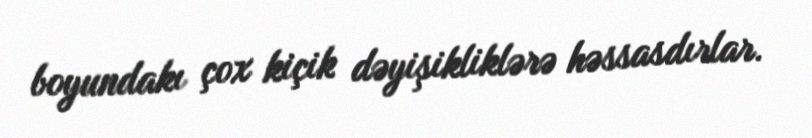
boyundakı çox kiçik dəyişikliklərə həssasdırlar.